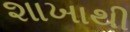
શાખાથી